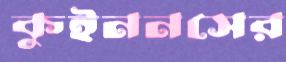
কুইননসের